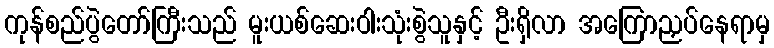
ကုန်စည်ပွဲတော်ကြီးသည် မူးယစ်ဆေးဝါးသုံးစွဲသူနှင့် ဦးရှိလာ အကြောညှပ်နေရာမှ